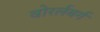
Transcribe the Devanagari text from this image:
वोरर्लबर्ग